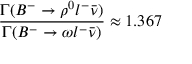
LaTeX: \frac { \Gamma ( B ^ { - } \rightarrow \rho ^ { 0 } l ^ { - } \bar { \nu } ) } { \Gamma ( B ^ { - } \rightarrow \omega l ^ { - } \bar { \nu } ) } \approx 1 . 3 6 7